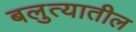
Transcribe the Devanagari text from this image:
बलुत्यातील